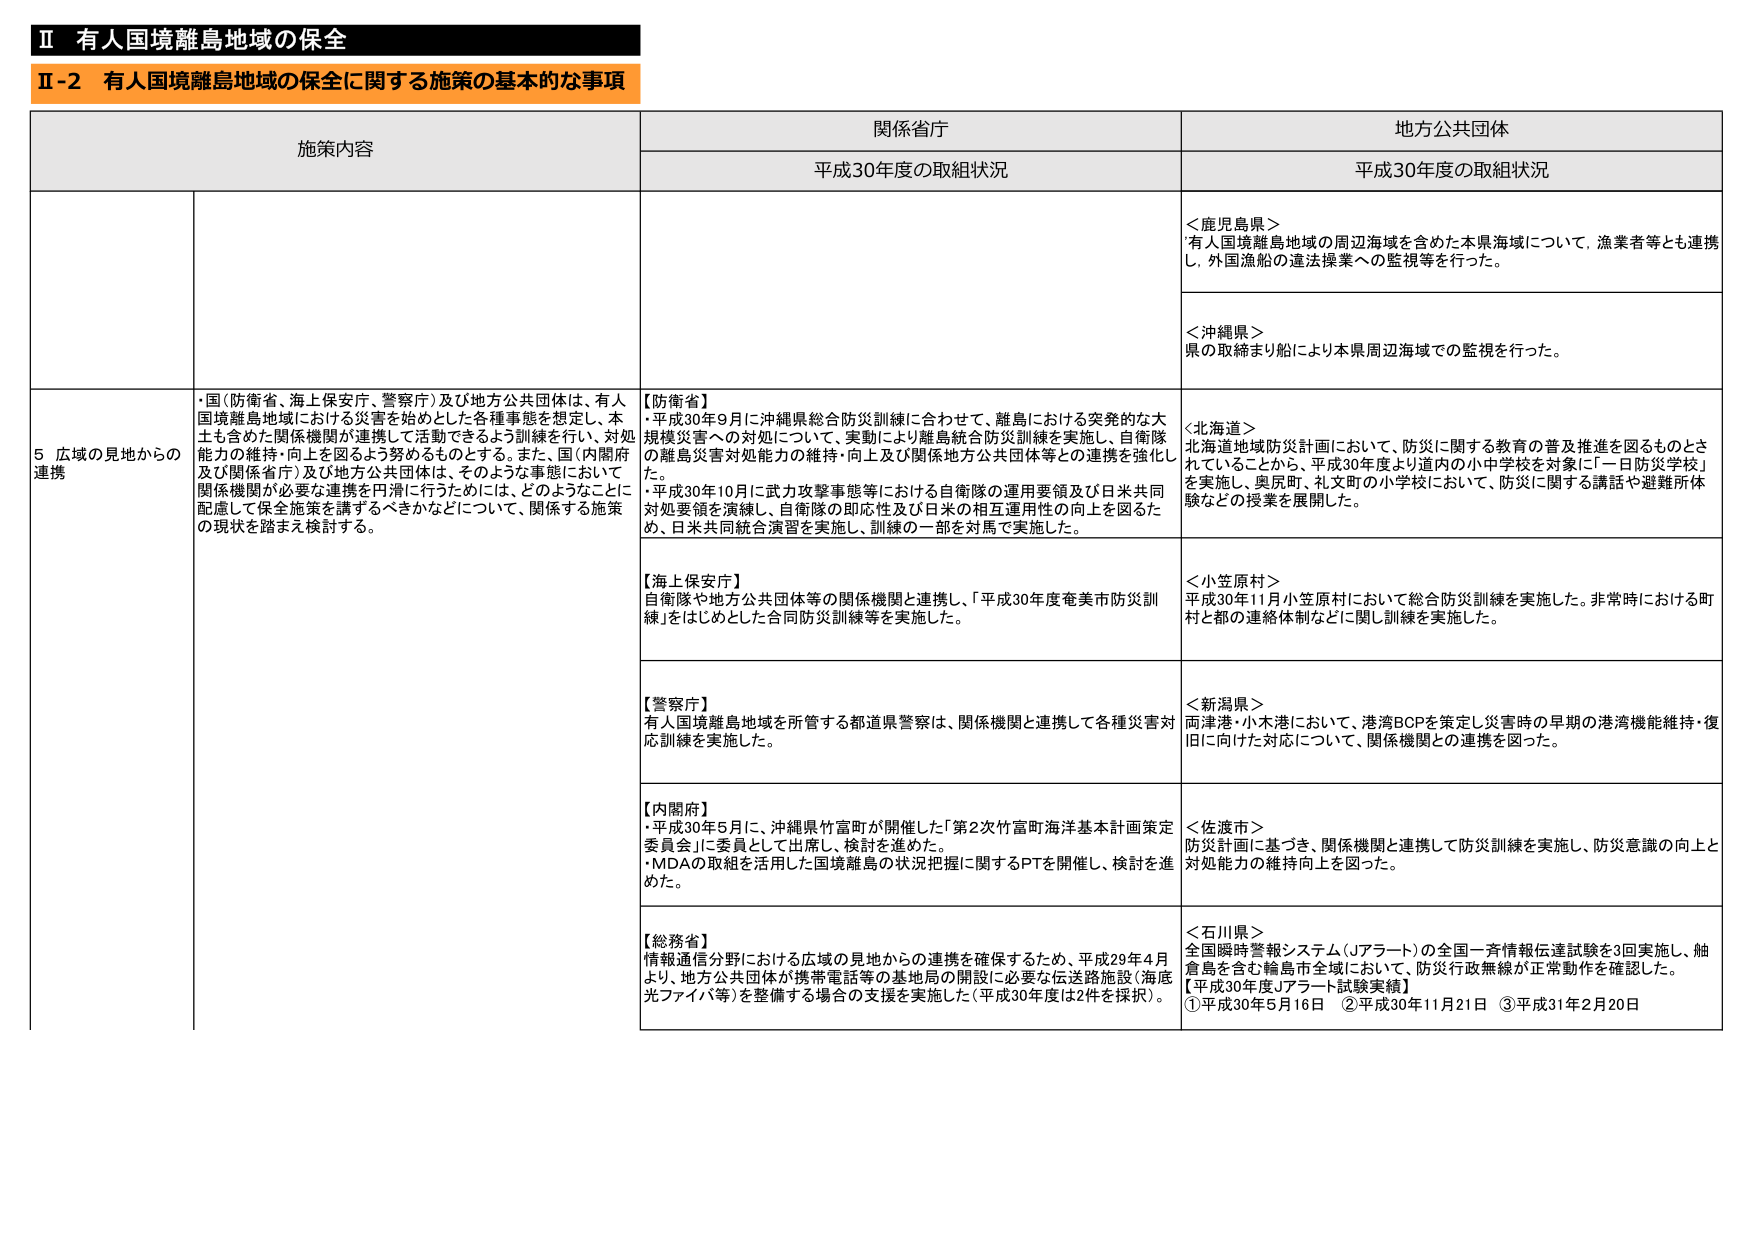
Ⅱ 有人国境離島地域の保全
Ⅱ-2 有人国境離島地域の保全に関する施策の基本的な事項

施策内容
関係省庁
地方公共団体

平成30年度の取組状況
平成30年度の取組状況

5 広域の見地からの連携
・国（防衛省、海上保安庁、警察庁）及び地方公共団体は、有人国境離島地域における災害を始めとした各種事態を想定し、本土も含めた関係機関が連携して活動できるよう訓練を行い、対処能力の維持・向上を図るよう努めるものとする。また、国（内閣府及び関係省庁）及び地方公共団体は、そのような事態において関係機関が必要な連携を円滑に行うためには、どのようなことに配慮して保全施策を講ずるべきかなどについて、関係する施策の現状を踏まえ検討する。

【防衛省】
・平成30年9月に沖縄県総合防災訓練に合わせて、離島における突発的な大規模災害への対処について、実動により離島統合防災訓練を実施し、自衛隊の離島災害対処能力の維持・向上及び関係地方公共団体等との連携を強化した。
・平成30年10月に武力攻撃事態等における自衛隊の運用要領及び日米共同対処要領を演練し、自衛隊の即応性及び日米の相互運用性の向上を図るため、日米共同統合演習を実施し、訓練の一部を対馬で実施した。

【海上保安庁】
自衛隊や地方公共団体等の関係機関と連携し、「平成30年度奄美市防災訓練」をはじめとした合同防災訓練等を実施した。

【警察庁】
有人国境離島地域を所管する都道県警察は、関係機関と連携して各種災害対応訓練を実施した。

【内閣府】
・平成30年5月に、沖縄県竹富町が開催した「第2次竹富町海洋基本計画策定委員会」に委員として出席し、検討を進めた。
・MDAの取組を活用した国境離島の状況把握に関するPTを開催し、検討を進めた。

【総務省】
情報通信分野における広域の見地からの連携を確保するため、平成29年4月より、地方公共団体が携帯電話等の基地局の開設に必要な伝送路施設（海底光ファイバ等）を整備する場合の支援を実施した（平成30年度は2件を採択）。

＜鹿児島県＞
有人国境離島地域の周辺海域を含めた本県海域について、漁業者等とも連携し、外国漁船の違法操業への監視等を行った。

＜沖縄県＞
県の取締まり船により本県周辺海域での監視を行った。

＜北海道＞
北海道地域防災計画において、防災に関する教育の普及推進を図るものとされていることから、平成30年度より道内の小中学校を対象に「一日防災学校」を実施し、奥尻町、礼文町の小学校において、防災に関する講話や避難所体験などの授業を展開した。

＜小笠原村＞
平成30年11月小笠原村において総合防災訓練を実施した。非常時における町村と都の連絡体制などに関し訓練を実施した。

＜新潟県＞
両津港・小木港において、港湾BCPを策定し災害時の早期の港湾機能維持・復旧に向けた対応について、関係機関との連携を図った。

＜佐渡市＞
防災計画に基づき、関係機関と連携して防災訓練を実施し、防災意識の向上と対処能力の維持向上を図った。

＜石川県＞
全国瞬時警報システム（Jアラート）の全国一斉情報伝達試験を3回実施し、舳倉島を含む輪島市全域において、防災行政無線が正常動作を確認した。
【平成30年度Jアラート試験実績】
①平成30年5月16日　②平成30年11月21日　③平成31年2月20日